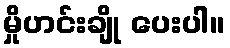
မှိုဟင်းချို ပေးပါ။